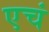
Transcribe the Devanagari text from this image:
एचं